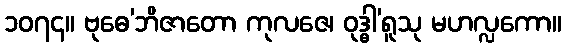
၁၀၇၄။ ဗုဓေ’ဘိဇာတော ကုလဇေ၊ ဝုဒ္ဓါ’ရူသု မဟလ္လကော။